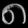
Digit: ၈